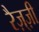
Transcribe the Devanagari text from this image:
रैज़्ज़ी